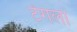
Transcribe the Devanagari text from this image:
टेंगला